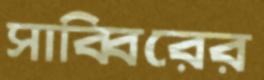
সাব্বিরের